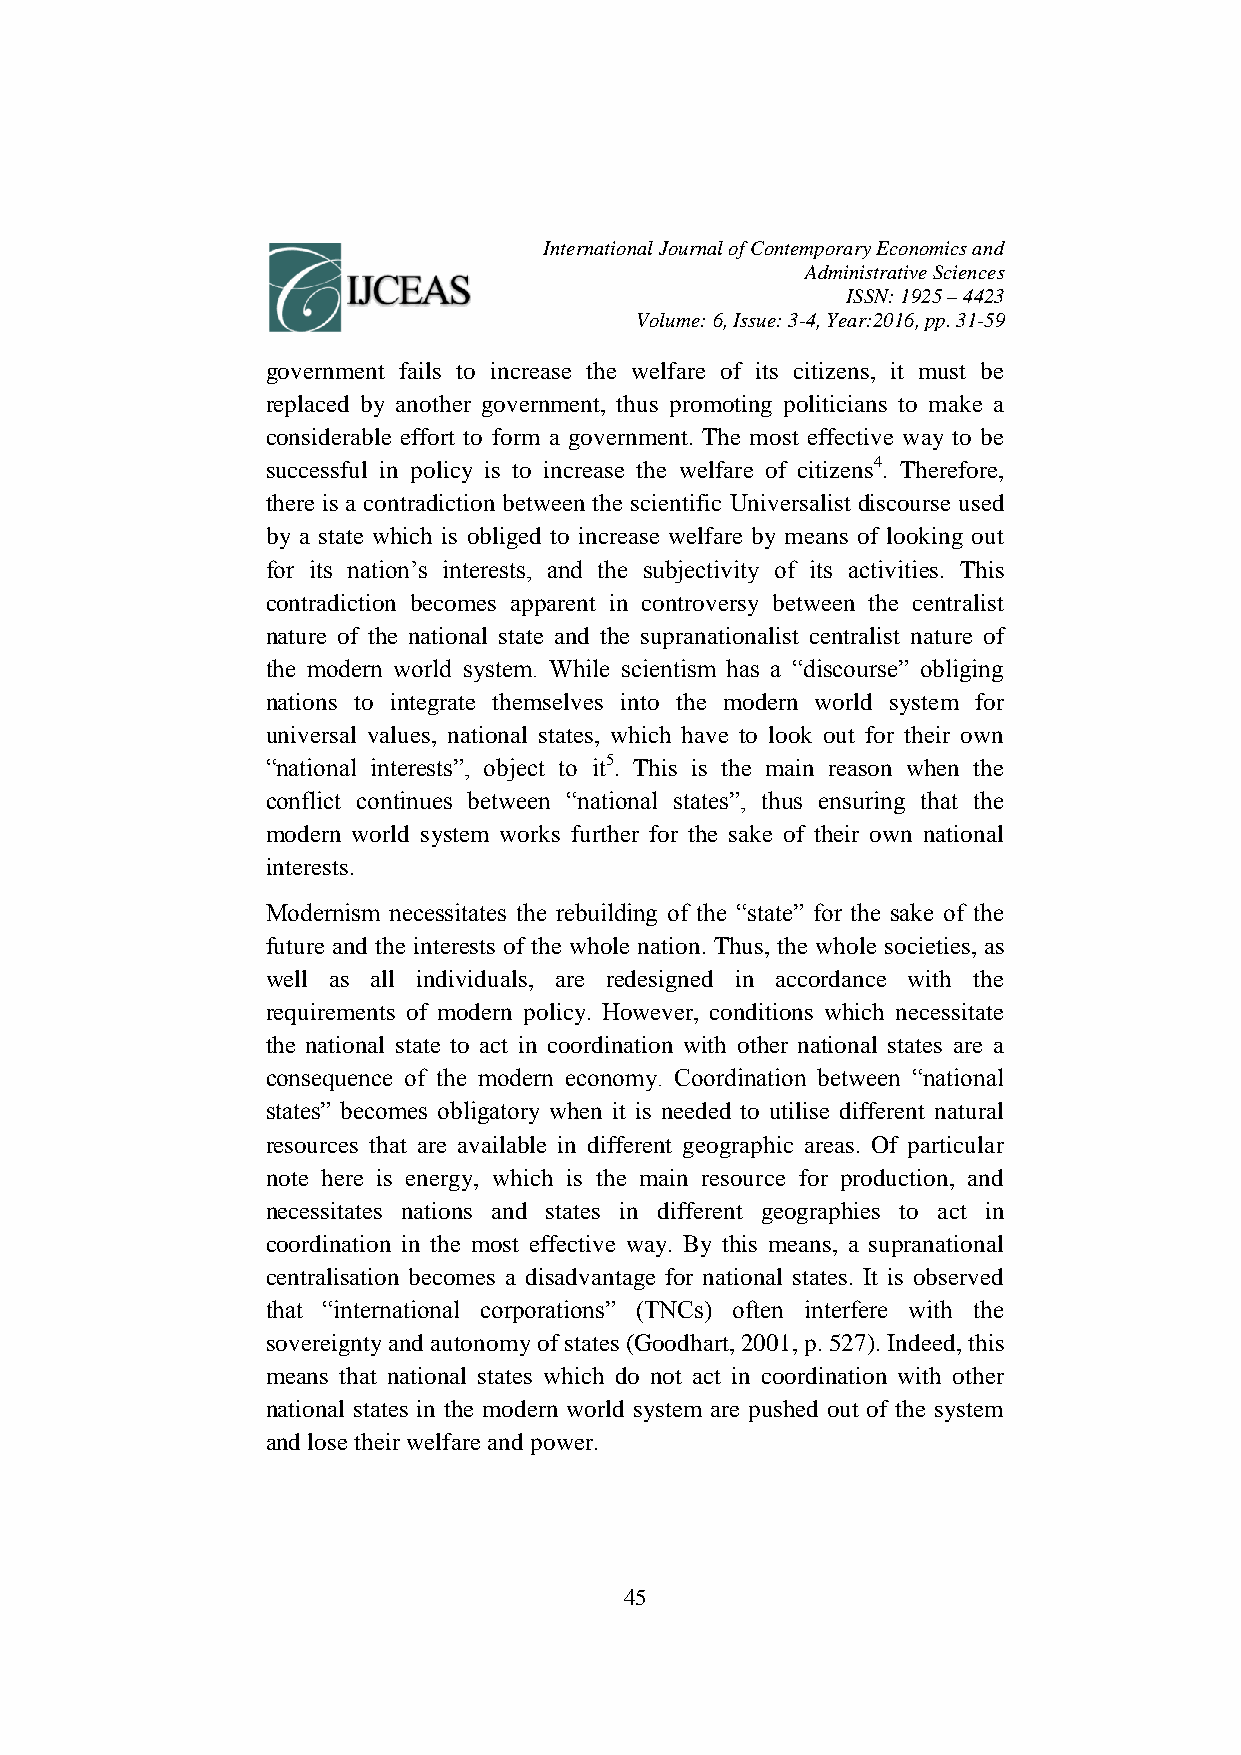
International Journal of Contemporary Economics and
 Administrative Sciences
 ISSN: 1925 – 4423
 Volume: 6, Issue: 3-4, Year:2016, pp. 31-59
 government fails to increase the welfare of its citizens, it must be
 replaced by another government, thus promoting politicians to make a
 considerable effort to form a government. The most effective way to be
 successful in policy is to increase the welfare of citizens4. Therefore,
 there is a contradiction between the scientific Universalist discourse used
 by a state which is obliged to increase welfare by means of looking out
 for its nation’s interests, and the subjectivity of its activities. This
 contradiction becomes apparent in controversy between the centralist
 nature of the national state and the supranationalist centralist nature of
 the modern world system. While scientism has a “discourse” obliging
 nations to integrate themselves into the modern world system for
 universal values, national states, which have to look out for their own
 “national interests”, object to it5. This is the main reason when the
 conflict continues between “national states”, thus ensuring that the
 modern world system works further for the sake of their own national
 interests.
 Modernism necessitates the rebuilding of the “state” for the sake of the
 future and the interests of the whole nation. Thus, the whole societies, as
 well as all individuals, are redesigned in accordance with the
 requirements of modern policy. However, conditions which necessitate
 the national state to act in coordination with other national states are a
 consequence of the modern economy. Coordination between “national
 states” becomes obligatory when it is needed to utilise different natural
 resources that are available in different geographic areas. Of particular
 note here is energy, which is the main resource for production, and
 necessitates nations and states in different geographies to act in
 coordination in the most effective way. By this means, a supranational
 centralisation becomes a disadvantage for national states. It is observed
 that “international corporations” (TNCs) often interfere with the
 sovereignty and autonomy of states (Goodhart, 2001, p. 527). Indeed, this
 means that national states which do not act in coordination with other
 national states in the modern world system are pushed out of the system
 and lose their welfare and power.
 45